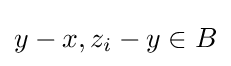
y-x,z_{i}-y\in B